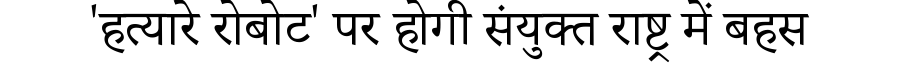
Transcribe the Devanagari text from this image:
'हत्यारे रोबोट' पर होगी संयुक्त राष्ट्र में बहस